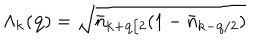
LaTeX: \Lambda _ { { \bf { k } } } ( { \bf { q } } ) = \sqrt { { \bar { n } } _ { { \bf { k } } + { \bf { q } } / 2 } ( 1 - { \bar { n } } _ { { \bf { k } } - { \bf { q } } / 2 } ) }